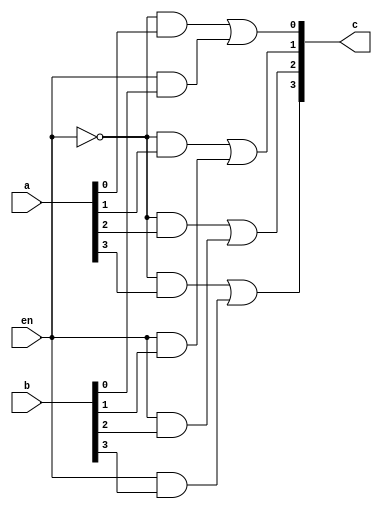
`timescale 1ns / 1ps
//////////////////////////////////////////////////////////////////////////////////
// Company: 
// Engineer: 
// 
// Design Name: 
// Module Name:    mux_4_struct 
// Project Name: 
// Target Devices: 
// Tool versions: 
// Description: 
//
// Dependencies: 
//
// Revision: 
// Revision 0.01 - File Created
// Additional Comments: 
//
//////////////////////////////////////////////////////////////////////////////////
module mux_4_struct(
    input [3:0] a,
    input [3:0] b,
    input en,
    output [3:0] c
    );
wire [3:0] d, e;
wire en_;
not(en_,en);
and a1(d[0],en_,a[0]);
and a2(d[1],en_,a[1]);
and a3(d[2],en_,a[2]);
and a4(d[3],en_,a[3]);

and b1(e[0],en,b[0]);
and b2(e[1],en,b[1]);
and b3(e[2],en,b[2]);
and b4(e[3],en,b[3]);

or o1(c[0],d[0],e[0]);
or o2(c[1],d[1],e[1]);
or o3(c[2],d[2],e[2]);
or o4(c[3],d[3],e[3]);

endmodule